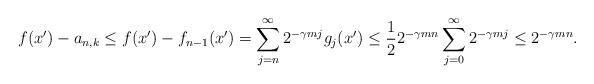
LaTeX: \begin{align*} f(x') - a_{n,k} \leq f(x') - f_{n-1}(x') = \sum_{j = n}^\infty 2^{- \gamma m j} g_j (x') \leq \frac{1}{2} 2^{- \gamma m n} \sum_{j = 0}^\infty 2^{-\gamma m j} \le 2^{- \gamma m n}.\end{align*}